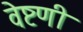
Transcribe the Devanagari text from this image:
वेष्टणी